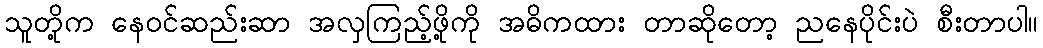
သူတို့က နေဝင်ဆည်းဆာ အလှကြည့်ဖို့ကို အဓိကထား တာဆိုတော့ ညနေပိုင်းပဲ စီးတာပါ။